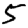
Digit: 5